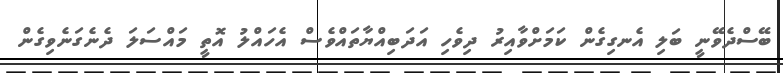
ބޭސްދެވޭނީ ބަލި އެނގިގެން ކަމަށްވާއިރު ދިވެހި އަދަބިއްޔާތައްވެސް އެހައްލު އޮތީ މައްސަލަ ދެނެގަނެވިގެން